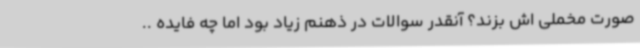
صورت مخملی اش بزند؟ آنقدر سوالات در ذهنم زیاد بود اما چه فایده ..